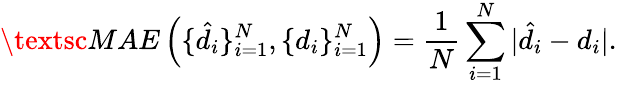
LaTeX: \textsc{MAE}\left(\{ \hat{d}_{i}\} _{i=1}^{N},\{ d_{i}\} _{i=1}^{N}\right)=\frac{1}{N}\sum_{i=1}^{N}|\hat{d}_{i}-d_{i}|.